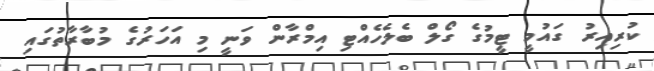
ކުރިއިރު ގައުމީ ޓީމުގެ ގޯލް ބެލެހެއްޓި އިމްރާން ވަނީ މި އަހަރުގެ މުބާރާތުގައި